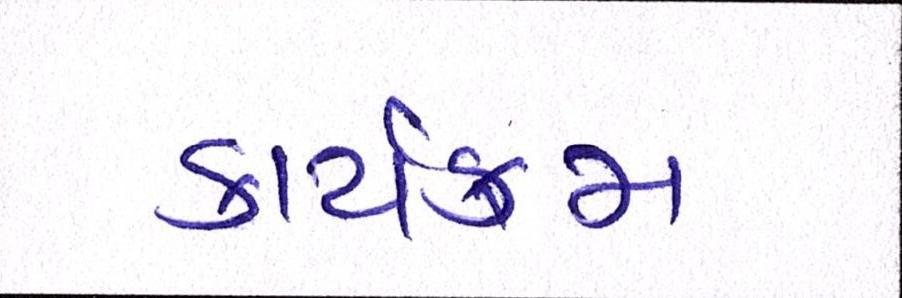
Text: કાર્યક્મ